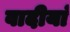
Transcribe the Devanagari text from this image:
वादीयां